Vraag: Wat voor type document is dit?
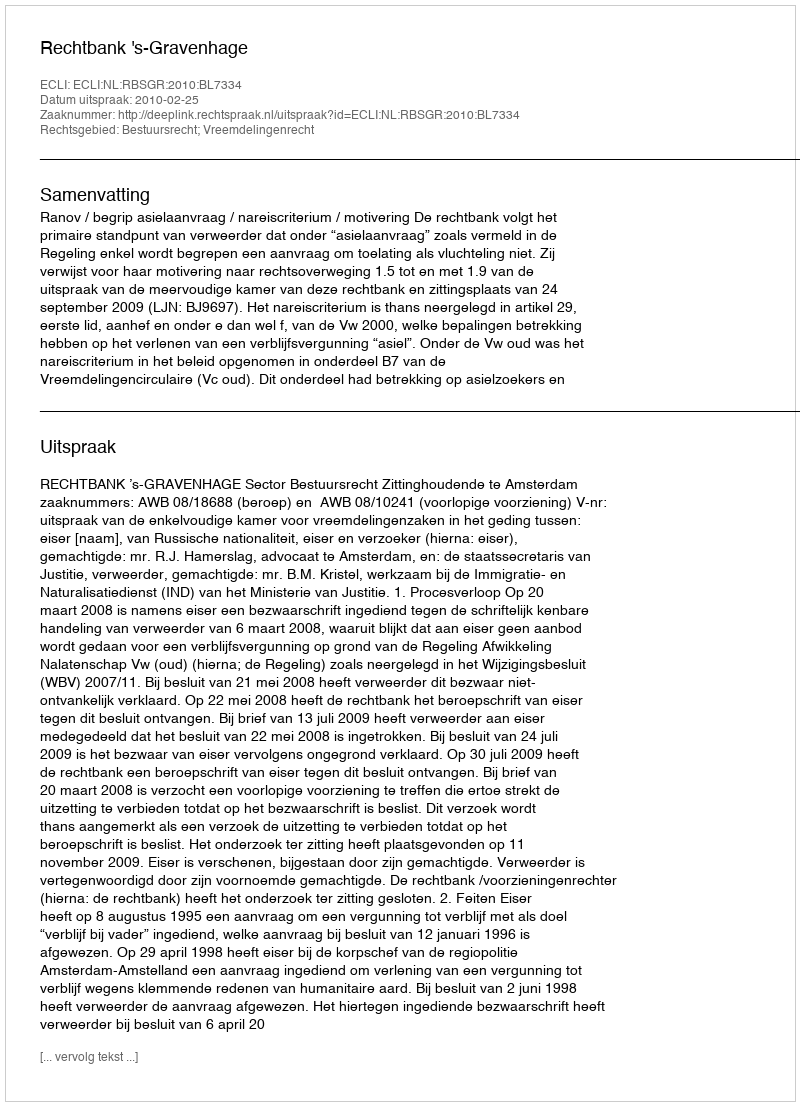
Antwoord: Uitspraak